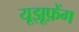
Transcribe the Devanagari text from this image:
यूझूफ़ेंग